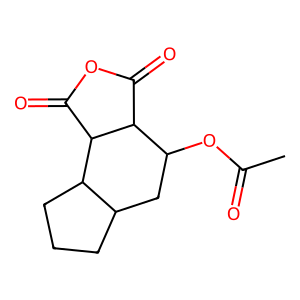
SMILES: CC(=O)OC1CC2CCCC2C2C(=O)OC(=O)C12
Inhibits HIV replication: Yes